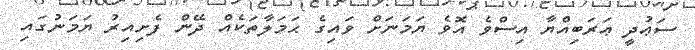
ސަޢުދީ ޢަރަބިއްޔާ އިސްވެ އޮވެ ޔަމަނަށް ވައިގެ ޙަމަލާތަކެއް ދޭން ފެށިއިރު ޔަމަނުގައި